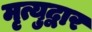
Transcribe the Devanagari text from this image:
मृत्युद्वार